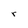
Character: r